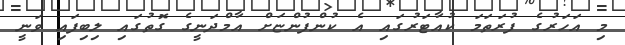
މި އަހަރުގެ ފުރަތަމަ ކުއާޓަރުގައި އެ ކުންފުންޏަށް އާމްދަނީގެ ގޮތުގައި ލިބިފައި ވަނީ